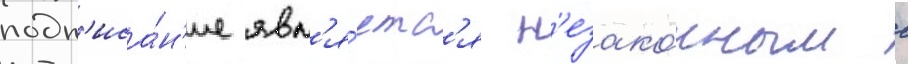
подп'иса́н'ие явл'я́етс'я н'езако́нным с